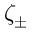
\zeta _ { \pm }